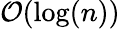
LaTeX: \mathcal{O}(\log(n))